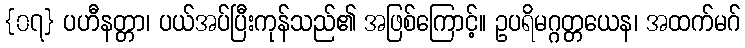
{၀၇} ပဟီနတ္တာ၊ ပယ်အပ်ပြီးကုန်သည်၏ အဖြစ်ကြောင့်။ ဥပရိမဂ္ဂတ္တယေန၊ အထက်မဂ်